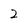
Character: 2